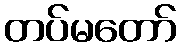
တပ်မတော်